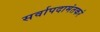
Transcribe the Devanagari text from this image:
सर्वापदामंतकरं